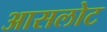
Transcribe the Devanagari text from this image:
आसलोट